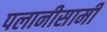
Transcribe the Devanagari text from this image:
पलानीसामी